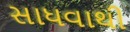
સાધવાથી